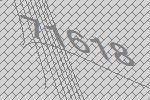
71618